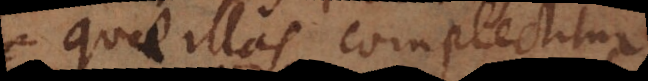
quae illas complectitur